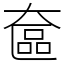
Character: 奩